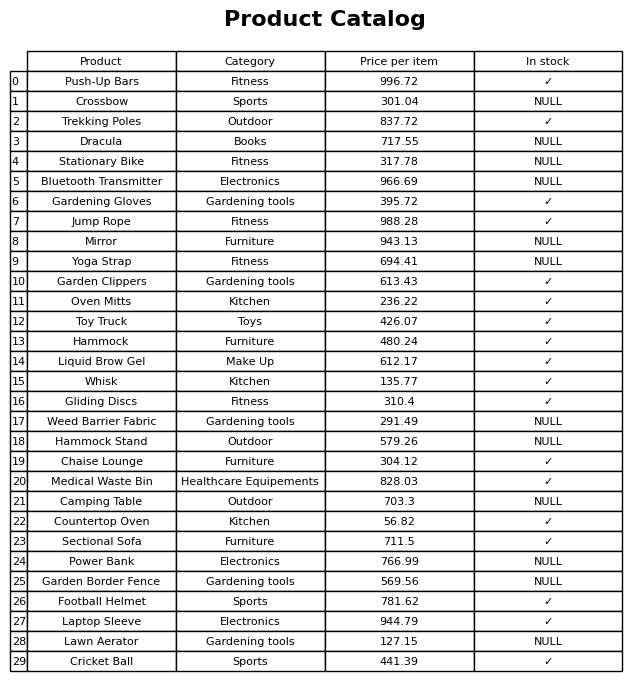
question: What is the price for Laptop Sleeve?
answer: The price of Laptop Sleeve is 944.79.